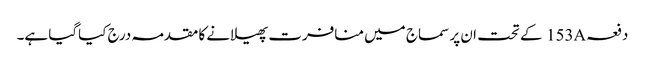
دفعہ153A کے تحت ان پر سماج میں منافرت پھیلانے کا مقدمہ درج کیاگیا ہے۔